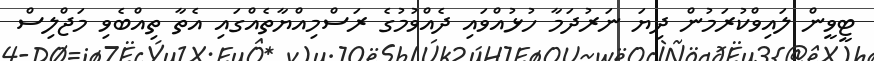
ޓީވީން ލައިވްކުރަމުން ދިޔަ ނަރުދަމާ ހުޅުއްވައި ދެއްވުމުގެ ރަސްމިއްޔާތެއްގައި އެތާ ތިއްބެވި މަޖްލިސް